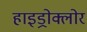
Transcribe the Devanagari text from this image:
हाइड्रोक्लोर